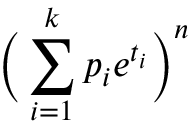
{ \biggl ( } \sum _ { i = 1 } ^ { k } p _ { i } e ^ { t _ { i } } { \biggr ) } ^ { n }